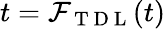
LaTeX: t=\mathcal{F}_{\mathrm{~T~D~L~}}(t)